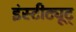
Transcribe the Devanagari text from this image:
इंस्टीट्यूट्